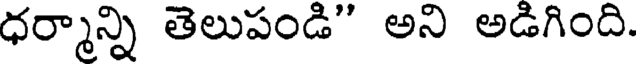
ధర్మాన్ని తెలుపండి" అని అడిగింది.